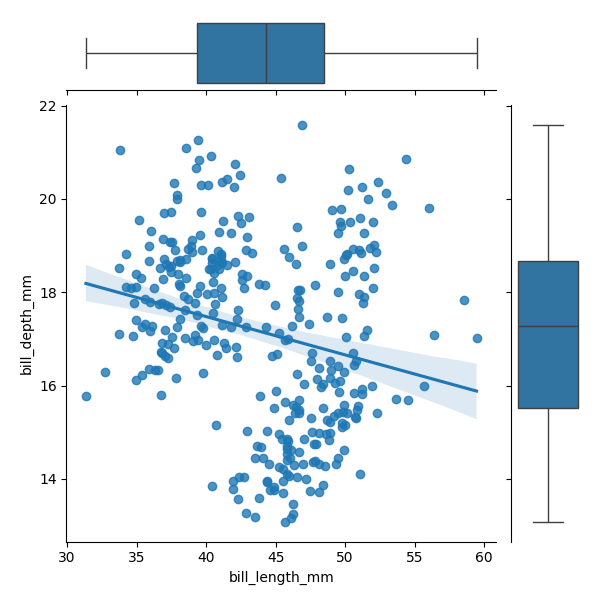
python, seaborn, JointGrid, regplot, boxplot